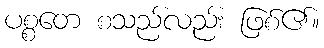
ပစ္စတေ စသည်လည်း ဖြစ်၏။